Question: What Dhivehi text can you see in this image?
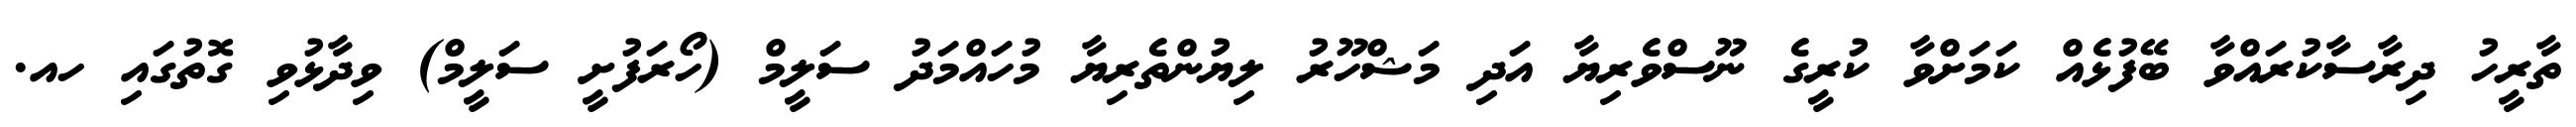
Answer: ތާރީހު ދިރާސާކުރައްވާ ބޭފުޅެއް ކަމަށްވާ ކުރީގެ ނޫސްވެރިޔާ އަދި މަޝްހޫރު ލިޔުންތެރިޔާ މުހައްމަދު ސަލީމް (ހޯރަފުށީ ސަލީމް) ވިދާޅުވި ގޮތުގައި ހއ.